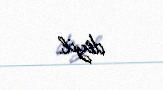
deyil.